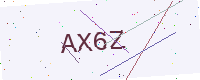
Text: AX6Z